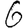
Digit: 6